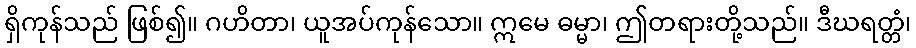
ရှိကုန်သည် ဖြစ်၍။ ဂဟိတာ၊ ယူအပ်ကုန်သော။ ဣမေ ဓမ္မာ၊ ဤတရားတို့သည်။ ဒီဃရတ္တံ၊